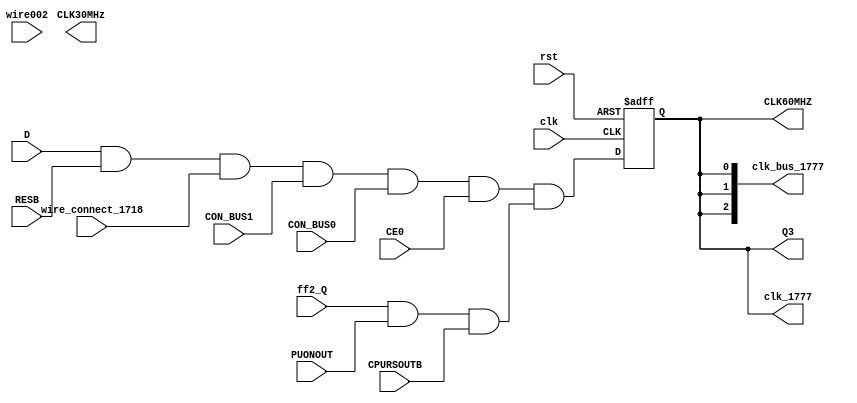
module add_ff(clk,rst,D,Q3,RESB,wire_connect_1718,
			  CON_BUS1,
			  CON_BUS0,
			  CE0,
			  clk_1777,
			  clk_bus_1777,
			  CLK60MHZ,
			  ff2_Q,
			  PUONOUT,
			  CPURSOUTB,
			  CLK30MHz,
			  wire002
);
   input clk;
   input rst;
   input D;
   output Q3;
   input  RESB;
   input  wire_connect_1718;
//   input  [1:0] BUS;
   input  CON_BUS1;
   input  CON_BUS0;
//   input  BUS1;
//   input  BUS0;
   input  CE0;
   output clk_1777;
   output [2:0] clk_bus_1777;
   output 		CLK60MHZ;
   input 		ff2_Q;
   input        PUONOUT;
   input 		CPURSOUTB;
   output 		CLK30MHz;
   input 		wire002;
   
		   
   reg 	  Q3;

   assign clk_1777 = ^Q3;
   assign clk_bus_1777 = {Q3,Q3,Q3};
   assign CLK60MHZ = Q3;
   
   always @(posedge clk or posedge rst) begin
	  if (rst) Q3 <= 1'b0;
	  else Q3 <= D & RESB & wire_connect_1718 & CON_BUS1 & CON_BUS0 & CE0 && ff2_Q & PUONOUT & CPURSOUTB;	  
//	  else Q3 <= D & RESB & wire_connect_1718 & BUS1 & BUS0;	  
   end
   
endmodule // add_ff